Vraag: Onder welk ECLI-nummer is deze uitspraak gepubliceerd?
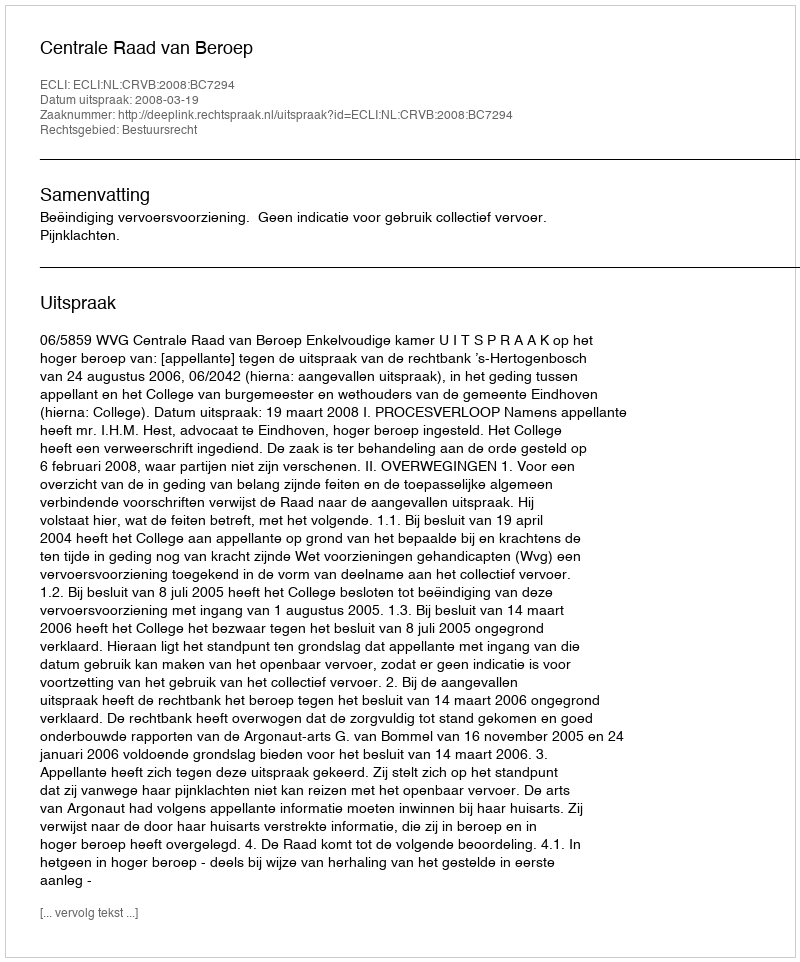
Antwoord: ECLI:NL:CRVB:2008:BC7294